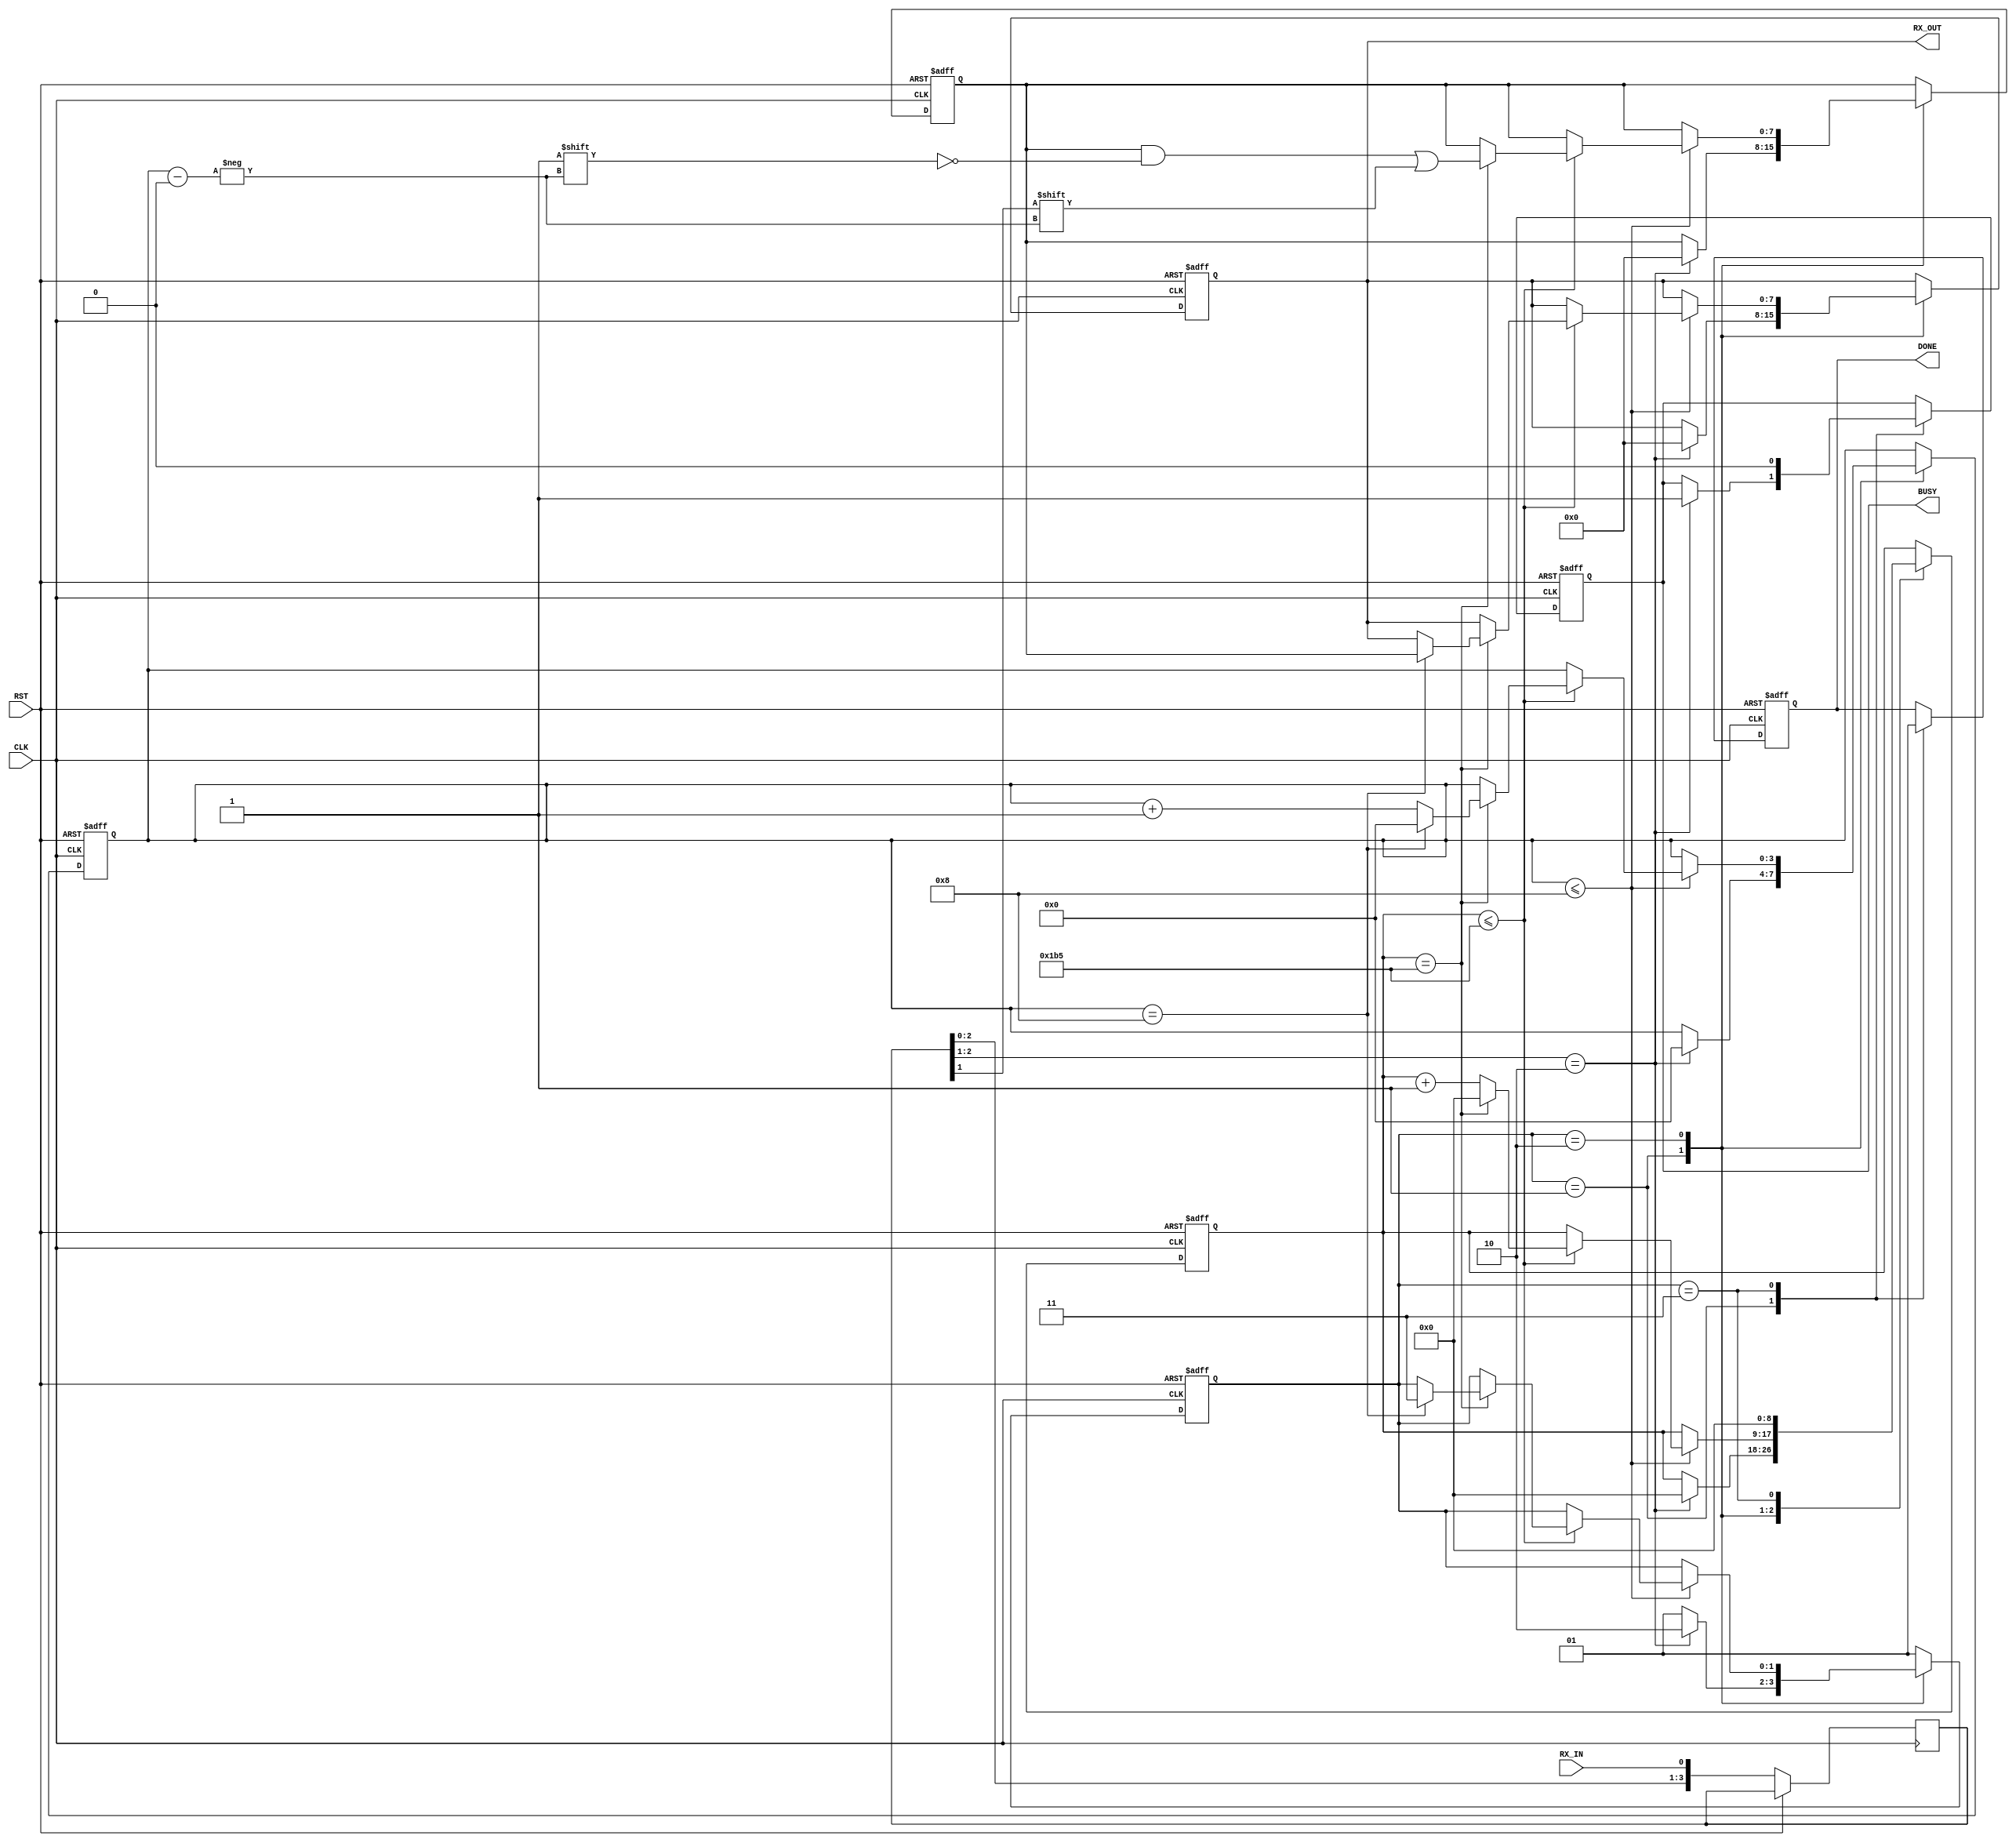
`timescale 1ns / 1ps

module UART_RX(
	input	wire		CLK,
	input	wire		RST,	
	input	wire		RX_IN,

	output	reg	[7:0]	RX_OUT,
	output	reg			DONE,
	output	reg			BUSY
	);

	// CLK_F 	= 50000000;
	// UART_B 	= 115200;
	// B_CNT 	= CLK_F / UART_B; //433

	// STATEs of STATE machine
	parameter	IDLE		= 2'b01;
	parameter	DATA_BITS	= 2'b10;
	parameter	STOP_BIT	= 2'b11;

	reg [1:0]	STATE		= 2'b0;
	reg [3:0]	BIT_IDX		= 4'b0;
	reg [3:0]	INPUT_SW	= 4'b0;
	reg [8:0]	CLK_COUNT	= 9'b0;
	reg [7:0]	DATA_RX		= 8'b0;

	always @(posedge CLK or posedge RST) begin
		if (RST) begin
			// reset
			RX_OUT		<= 8'b0;
			DONE		<= 1'b0;
			BUSY		<= 1'b0;
			BIT_IDX		<= 4'b0;
			CLK_COUNT	<= 9'b0;
			DATA_RX		<= 8'b0;
			STATE		<= IDLE;
		end
		else begin
			INPUT_SW = { INPUT_SW[3:0], RX_IN };
			begin
				case (STATE)
					IDLE: begin
						DONE <= 1'b0;
						if (INPUT_SW[3:2] == 2'b10) begin
							STATE		<= DATA_BITS;
							RX_OUT		<= 8'b0;
							BIT_IDX		<= 4'b0;
							CLK_COUNT	<= 9'b0;
							DATA_RX		<= 8'b0;
							BUSY		<= 1'b1;
							//ERR			<= 1'b0;
						end
						else begin
							//CLK_COUNT	<= CLK_COUNT + 1;
							STATE	<= IDLE;
						end
					end

					DATA_BITS: begin
						if (BIT_IDX <= 4'b1000) begin
							if (CLK_COUNT <= 9'b1_1011_0101) begin
								CLK_COUNT <= CLK_COUNT + 9'b1;
								if (CLK_COUNT == 9'b1_1011_0101) begin
									DATA_RX[BIT_IDX] 	<= INPUT_SW[2];
									CLK_COUNT 			<= 9'b0;
									BIT_IDX				<= BIT_IDX + 4'b1;
									if (BIT_IDX == 4'b1000) begin
										BIT_IDX	<= 4'b0;
										RX_OUT	<= DATA_RX;
										STATE	<= STOP_BIT;
									end
								end
							end
						end
					end

					STOP_BIT: begin
							STATE		<= IDLE;
							BUSY		<= 1'b0;
							CLK_COUNT	<= 9'b0;
							DONE		<= 1'b1;
					end

					default: STATE <= IDLE;
				endcase
			end
		end
	end

endmodule